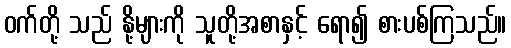
ဝက်တို့ သည် နို့များကို သူတို့အစာနှင့် ရော၍ စားပစ်ကြသည်။